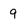
Character: 9